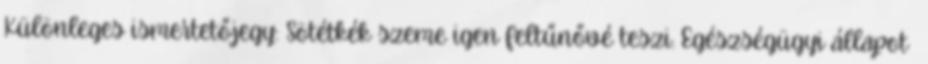
Különleges ismertetőjegy: Sötétkék szeme igen feltűnővé teszi. Egészségügyi állapot